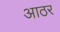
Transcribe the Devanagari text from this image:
आठर